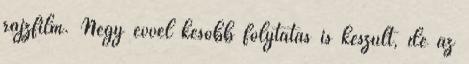
rajzfilm. Négy évvel később folytatás is készült, de az